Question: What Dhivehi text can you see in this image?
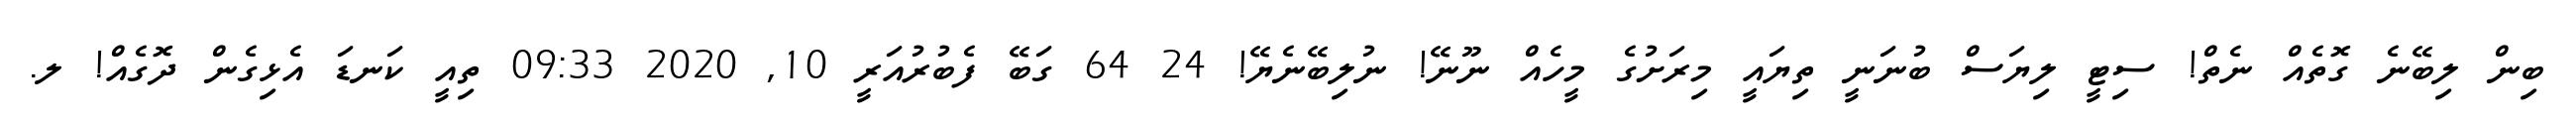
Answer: ބިން ލިބޭނެ ގޮތެއް ނެތް! ސިޓީ ލިޔަސް ބުނަނީ ތިޔައީ މިރަށުގެ މީހެއް ނޫނޭ! ނުލިބޭނެޔޭ! 24 64 ގަބޭ ފެބުރުއަރީ 10, 2020 09:33 ތިއީ ކަނޑަ އެޅިގެން ދޮގެއް! ލ.